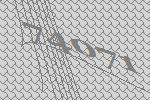
74071